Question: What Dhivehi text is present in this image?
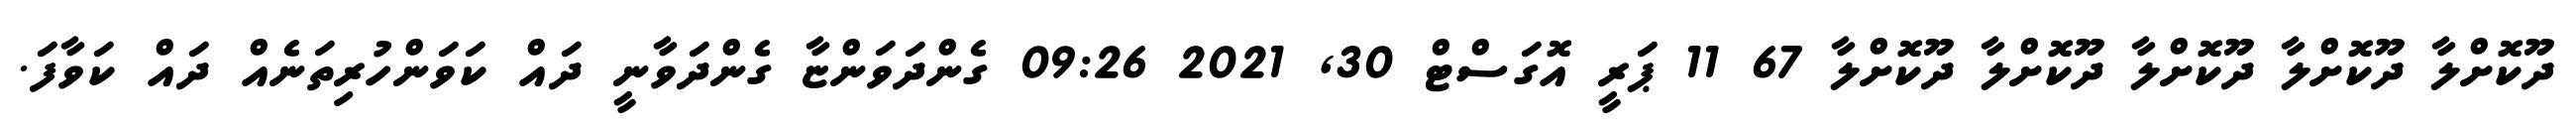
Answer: ދޫކޮށްލާ ދޫކޮށްލާ ދޫކޮށްލާ ދޫކޮށްލާ ދޫކޮށްލާ 67 11 ޕަރީ އޮގަސްޓް 30, 2021 09:26 ގެންދަވަންޏާ ގެންދަވާނީ ދައް ކަވަންހުރިތަނެއް ދައް ކަވާފަ.